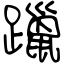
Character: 躐